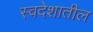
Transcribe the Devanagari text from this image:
स्वदेशातील